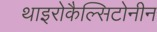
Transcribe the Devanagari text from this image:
थाइरोकैल्सिटोनीन